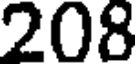
208